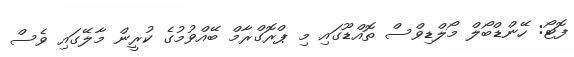
ފޮޓޯ: ހޭންޑްބޯލް މޯލްޑިވްސް ތޮއްޑޫގައި މި ޕްރޮގްރާމް ބޭއްވުމުގެ ކުރީން މާލޭގައި ވެސް